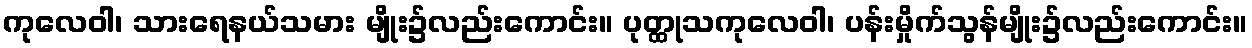
ကုလေဝါ၊ သားရေနယ်သမား မျိုး၌လည်းကောင်း။ ပုတ္ထုသကုလေဝါ၊ ပန်းမှိုက်သွန်မျိုး၌လည်းကောင်း။